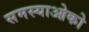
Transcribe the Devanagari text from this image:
समस्याओको